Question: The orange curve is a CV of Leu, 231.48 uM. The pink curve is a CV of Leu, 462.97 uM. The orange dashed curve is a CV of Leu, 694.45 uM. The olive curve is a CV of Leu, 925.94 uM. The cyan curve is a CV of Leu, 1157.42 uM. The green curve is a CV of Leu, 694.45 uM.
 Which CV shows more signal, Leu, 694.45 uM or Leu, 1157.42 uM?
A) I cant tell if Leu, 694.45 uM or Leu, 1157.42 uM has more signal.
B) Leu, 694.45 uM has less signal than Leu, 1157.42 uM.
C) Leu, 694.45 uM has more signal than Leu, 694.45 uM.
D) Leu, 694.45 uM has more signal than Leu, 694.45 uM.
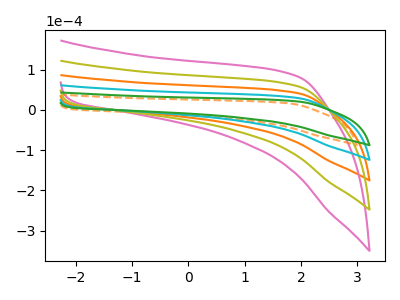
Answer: <think>The orange curve "Leu, 231.48 uM" has no peaks. The pink curve "Leu, 462.97 uM" has no peaks. The orange dashed curve "Leu, 694.45 uM" has no peaks. The olive curve "Leu, 925.94 uM" has no peaks. The cyan curve "Leu, 1157.42 uM" has no peaks. The green curve "Leu, 694.45 uM" has no peaks.
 Neither "Leu, 694.45 uM" or "Leu, 1157.42 uM" have any peaks.</think>
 <answer>A) I cant tell if "Leu, 694.45 uM" or "Leu, 1157.42 uM" has more signal.</answer>
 <eval>A</eval>